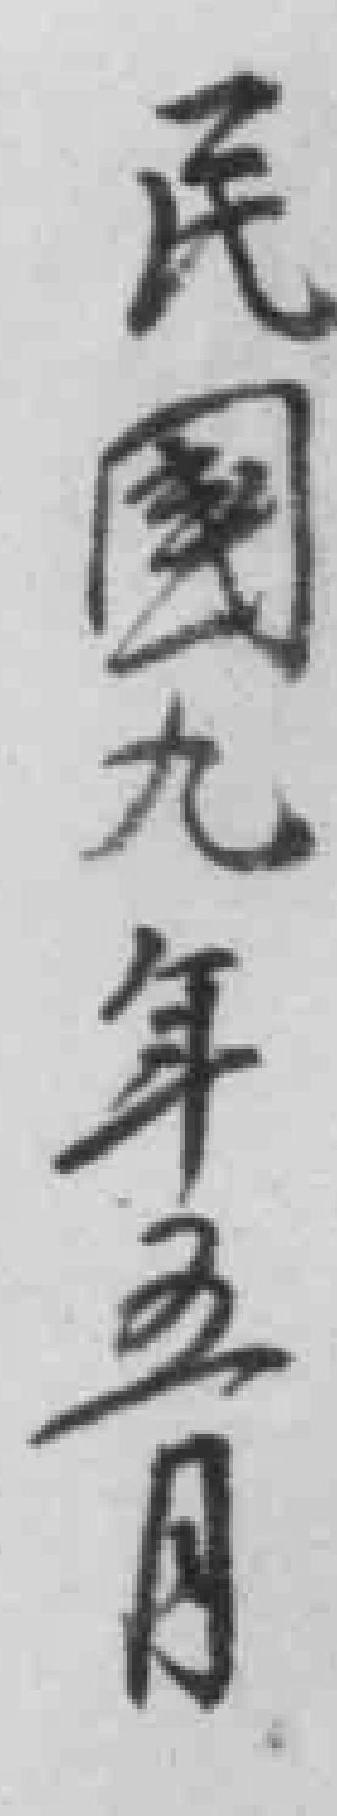
民國九年五月